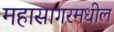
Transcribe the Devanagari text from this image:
महासागरमधील